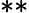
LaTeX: **